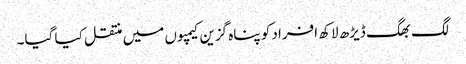
لگ بھگ ڈیڑھ لاکھ افراد کو پناہ گزین کیمپوں میں منتقل کیا گیا۔